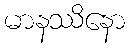
မာနဿိနော